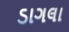
ડાગલા